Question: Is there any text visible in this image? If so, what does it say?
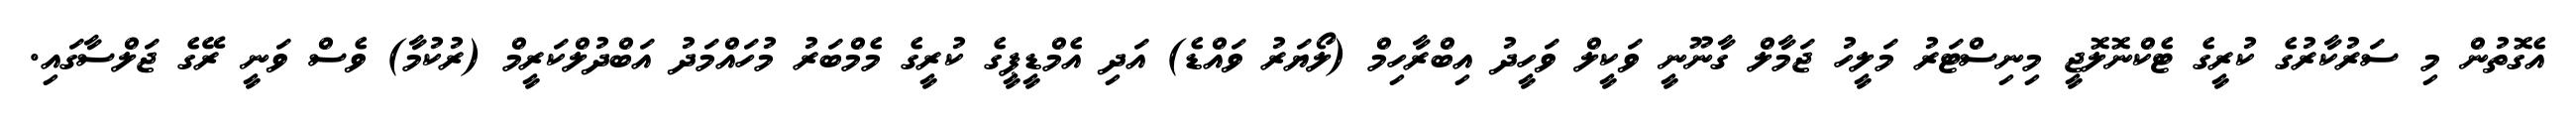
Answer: އެގޮތުން މި ސަރުކާރުގެ ކުރީގެ ޓެކްނޮލޮޖީ މިނިސްޓަރު މަލީހު ޖަމާލް ގާނޫނީ ވަކީލް ވަހީދު އިބްރާހިމް (ލޯޔަރު ވައްޑެ) އަދި އެމްޑީޕީގެ ކުރީގެ މެމްބަރު މުހައްމަދު އަބްދުލްކަރީމް (ރުކުމާ) ވެސް ވަނީ ރޭގެ ޖަލްސާގައި.